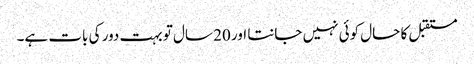
مستقبل کا حال کوئی نہیں جانتا اور 20 سال تو بہت دور کی بات ہے۔